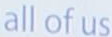
all of us